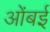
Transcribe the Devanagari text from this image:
ओंबई